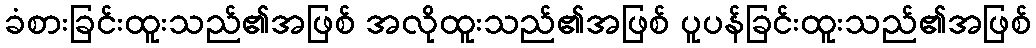
ခံစားခြင်းထူးသည်၏အဖြစ် အလိုထူးသည်၏အဖြစ် ပူပန်ခြင်းထူးသည်၏အဖြစ်